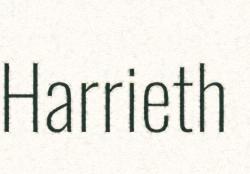
Harrieth